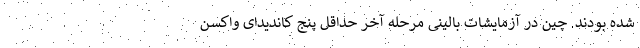
شده بودند. چین در آزمایشات بالینی مرحله آخر حداقل پنج کاندیدای واکسن